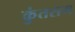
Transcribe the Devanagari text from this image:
कुंतसम